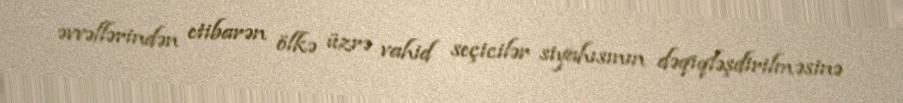
əvvəllərindən etibarən ölkə üzrə vahid seçicilər siyahısının dəqiqləşdirilməsinə